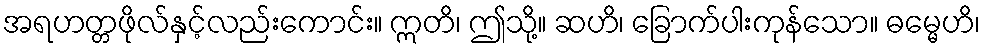
အရဟတ္တဖိုလ်နှင့်လည်းကောင်း။ ဣတိ၊ ဤသို့။ ဆဟိ၊ ခြောက်ပါးကုန်သော။ ဓမ္မေဟိ၊